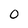
Character: o